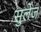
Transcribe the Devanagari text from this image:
सुलेज